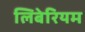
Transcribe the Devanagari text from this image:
लिबेरियम